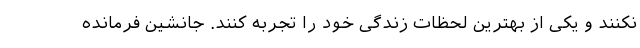
نکنند و یکی از بهترین لحظات زندگی خود را تجربه کنند. جانشین فرمانده